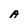
Character: A